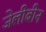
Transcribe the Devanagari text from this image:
जेलीबीन